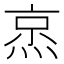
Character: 𬊧